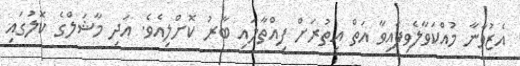
އެޒުވާނާ މުއްކަވާލެވިފައިވާ އަތް އިތުރަށް ފިއްތާލައި ބާރު ކޮށްލިއެވެ. އަދި މާޝަލްގެ ކޮލުގައި